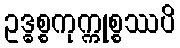
ဥဒ္ဓစ္စကုက္ကုစ္စဿပိ